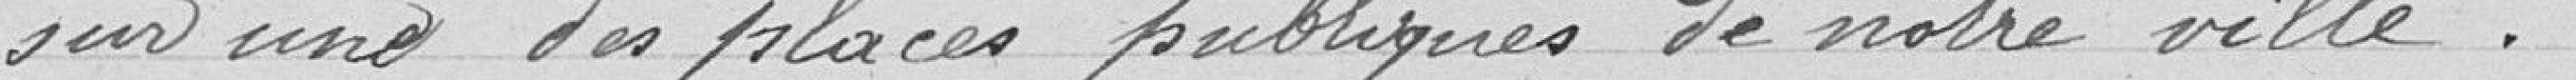
sur une des places publiques de notre ville.